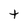
Character: t